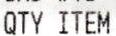
QTY ITEM